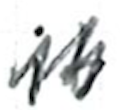
Text: it
Cross-out: zig-zag
Writing tool: ballpoint